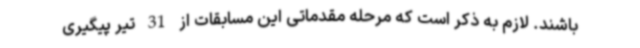
باشند. لازم به ذکر است که مرحله مقدماتی این مسابقات از 31 تیر پیگیری